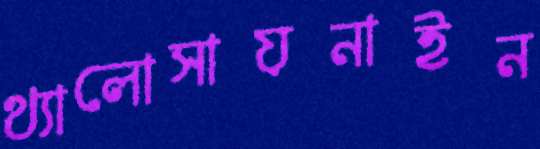
থ্যালোসায়নাইন